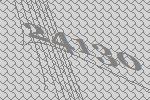
24130